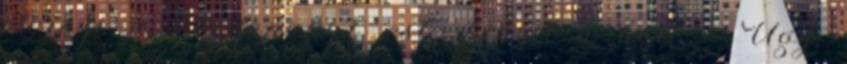
elviszi a kordonokat, este kinyit a bolt. - Úgy,